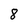
Character: 8